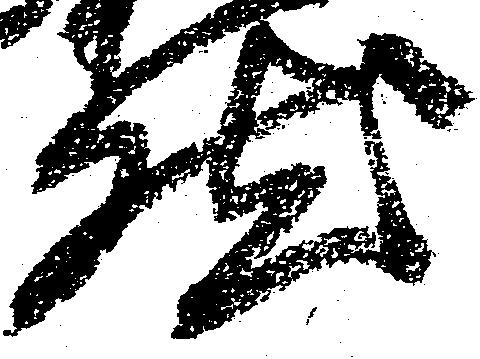
然